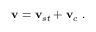
\mathbf { v } = \mathbf { v } _ { s t } + \mathbf { v } _ { c } \ . \